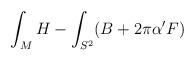
LaTeX: \begin{align*}\int_{M}H - \int_{S^{2}}(B+2\pi\alpha'F)\end{align*}